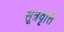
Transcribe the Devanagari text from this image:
सूत्रवृत्ति